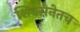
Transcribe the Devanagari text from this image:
शिवसेनेतच